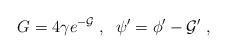
LaTeX: \begin{align*}G = 4 \gamma e^{- {\cal G}} \; , \; \;\psi' = \phi' - {\cal G}' \; ,\end{align*}